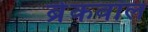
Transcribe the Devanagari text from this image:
ब्रेकवॉल